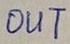
Text: OUT